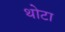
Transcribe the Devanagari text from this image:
थोटा